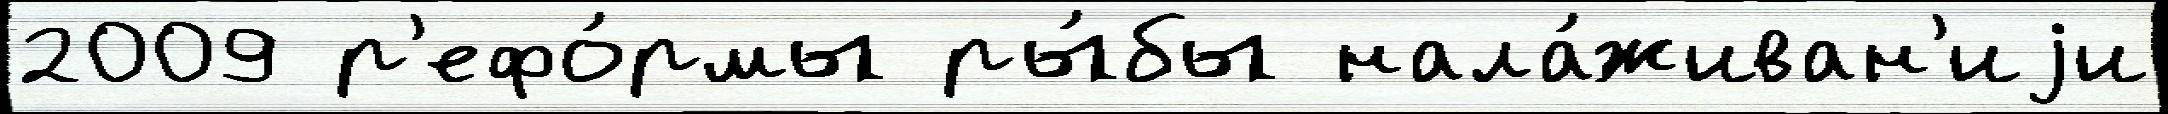
2009 р'ефо́рмы ры́бы нала́живан'иjи